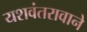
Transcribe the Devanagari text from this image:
यशवंतरावाने